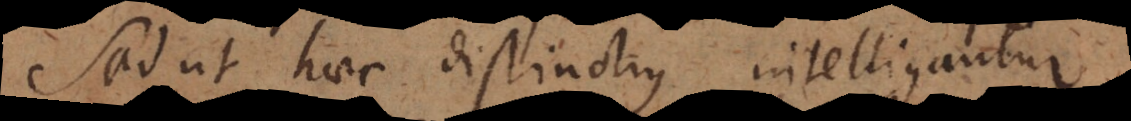
Sed ut haec distinctius intelligantur